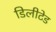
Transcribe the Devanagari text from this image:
डिलीटेड